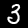
Label: 3